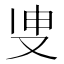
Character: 𭆪